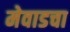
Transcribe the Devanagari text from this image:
मेवाडचा